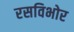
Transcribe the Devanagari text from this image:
रसविभोर